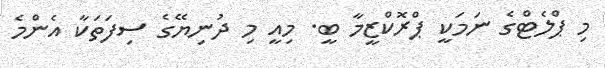
މި ޕްލެޓްގެ ނަމަކީ ޕްރޮކްޒީމާ ބީ. މިއީ މި ދުނިޔޭގެ ސިފަތަކާ އެންމެ